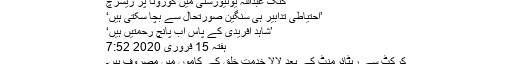
کنگ عبداللہ یونیورسٹی میں کورونا پر ریسرچ
’احتیاطی تدابیر ہی سنگین صورتحال سے بچا سکتی ہیں‘
’شاہد آفریدی کے پاس اب پانچ رحمتیں ہیں‘
ہفتہ 15 فروری 2020 7:52
کرکٹ سے ریٹائرمنٹ کے بعد لالا خدمت خلق کے کاموں میں مصروف ہیں۔